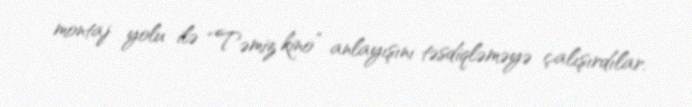
montaj yolu ilə “Təmiz kino” anlayışını təsdiqləməyə çalışırdılar.